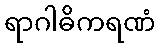
ရာဂါဓိကရဏံ